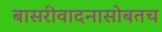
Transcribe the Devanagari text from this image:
बासरीवादनासोबतच